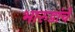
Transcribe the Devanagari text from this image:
भारुडांचे